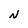
Character: N